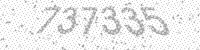
Solution: 737335